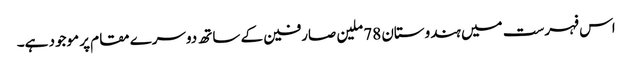
اس فہرست میں ہندوستان 78 ملین صارفین کے ساتھ دوسرے مقام پر موجود ہے۔